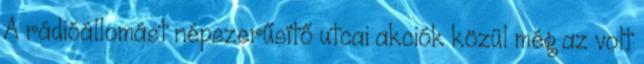
A rádióállomást népszerűsítő utcai akciók közül még az volt